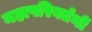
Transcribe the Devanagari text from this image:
महापरिवर्तनों